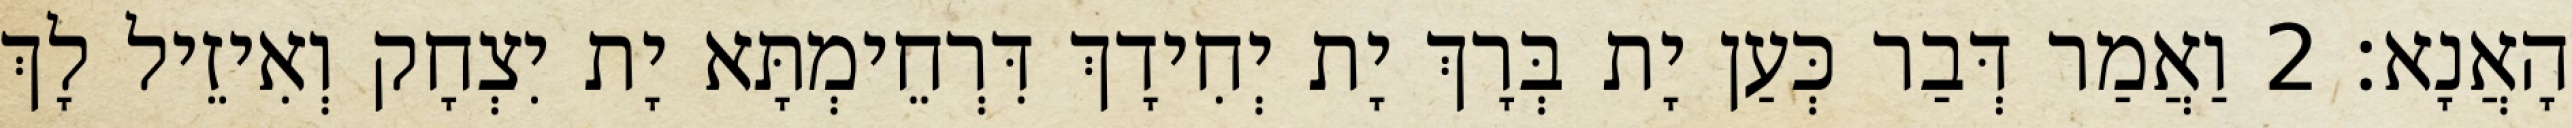
הָאֲנָא׃ 2 וַאֲמַר דְּבַר כְּעַן יָת בְּרָךְ יָת יְחִידָךְ דִּרְחֵימְתָּא יָת יִצְחָק וְאִיזֵיל לָךְ